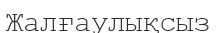
Жалғаулықсыз